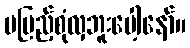
မပြည့်စုံလှဘူးပေါ့နော်။